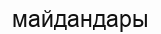
майдандары